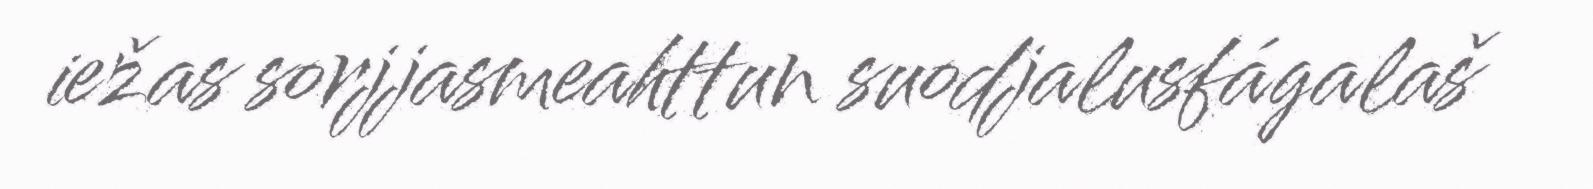
iežas sorjjasmeahttun suodjalusfágalaš